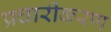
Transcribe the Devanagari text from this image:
प्रचारीकरण